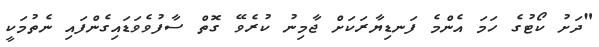
"ދަށު ކޯޓުގެ ހަމަ އެންމެ ފަނޑިޔާރަކަށް ޖާމިނު ކުރެވޭ ގޮތް ސާފުވެވަޑައިގެންފައި ނެތުމަކީ